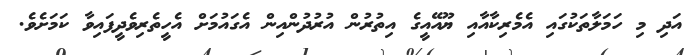
އަދި މި ހަމަލާތަކުގައި އެމެރިކާއާއި ޔޫއޭއީގެ އިތުރުން އުރުދުންއިން އެގައުމަށް އެހީތެރިވެދީފައިވާ ކަމަށެވެ.